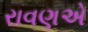
રાવણએ